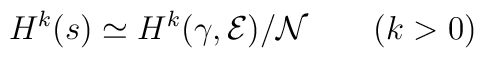
H^k(s)\simeq H^k(\gamma,{\cal E})/{\cal N}\qquad (k>0)